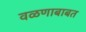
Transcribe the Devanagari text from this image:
वळणाबाबत